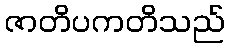
ဇာတိပကတိသည်